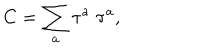
C = \sum _ { a } \tau ^ { a } \; \tau ^ { a } ,